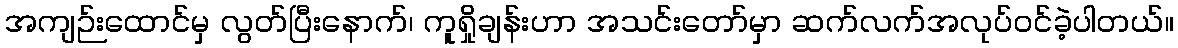
အကျဉ်းထောင်မှ လွတ်ပြီးနောက်၊ ကူရှိုချန်းဟာ အသင်းတော်မှာ ဆက်လက်အလုပ်ဝင်ခဲ့ပါတယ်။